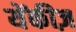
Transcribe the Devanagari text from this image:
येंकीज़